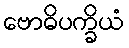
ဗောဓိပက္ခိယံ